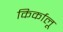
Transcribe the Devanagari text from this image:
किर्कालू